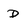
Character: D